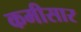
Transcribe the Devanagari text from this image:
कमीसार